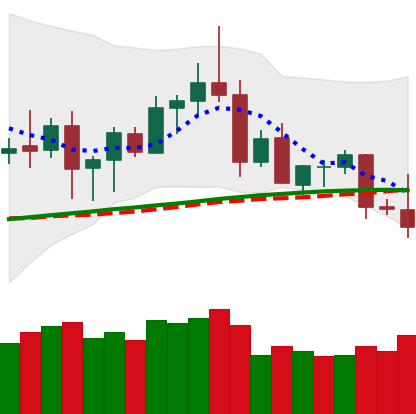
Ticker: ETC-USD
Chart end date: 2020-08-27
Forward return: 6.383%
Label: up_5_7